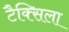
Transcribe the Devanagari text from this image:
टैक्सिला